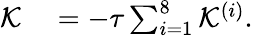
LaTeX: \begin{array}{rl}{\mathcal{K}}&{{}=-\tau\sum_{i=1}^{8}\mathcal{K}^{(i)}.}\end{array}